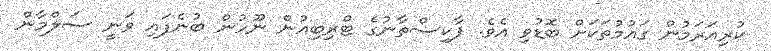
ކުރިއަރަމުން ގައުމުތަކަށް ބޮޑުވި އެވެ. ޕާކިސްތާނުގެ ޓްރިބިއުން ނޫހުން ބުނެފައި ވަނީ ސަލްމާން